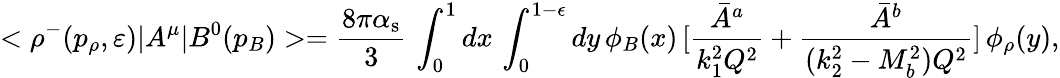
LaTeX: <\rho^{-}(p_{\rho},\varepsilon)|A^{\mu}|B^{0}(p_{B})>={\frac{8\pi\alpha_{\mathrm{s}}}{3}}\, \int_{0}^{1}dx\, \int_{0}^{1-\epsilon}dy\, \phi_{B}(x)\, [{\frac{{\bar{A}}^{a}}{k_{1}^{2}Q^{2}}}+{\frac{{\bar{A}}^{b}}{(k_{2}^{2}-M_{b}^{2})Q^{2}}}]\, \phi_{\rho}(y),